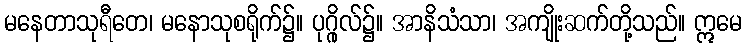
မနေတာသုရီတေ၊ မနောသုစရိုက်၌။ ပုဂ္ဂိုလ်၌။ အာနိသံသာ၊ အကျိုးဆက်တို့သည်။ ဣမေ